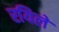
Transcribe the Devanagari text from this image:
रयिले